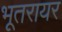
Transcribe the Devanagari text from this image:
भूतरायर